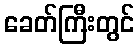
ခေတ်ကြီးတွင်